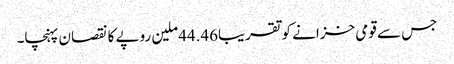
جس سے قومی خزانے کو تقریبا44.46ملین روپے کا نقصان پہنچا۔